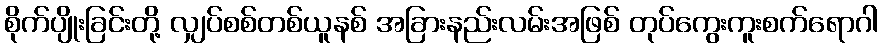
စိုက်ပျိုးခြင်းတို့ လျှပ်စစ်တစ်ယူနစ် အခြားနည်းလမ်းအဖြစ် တုပ်ကွေးကူးစက်ရောဂါ